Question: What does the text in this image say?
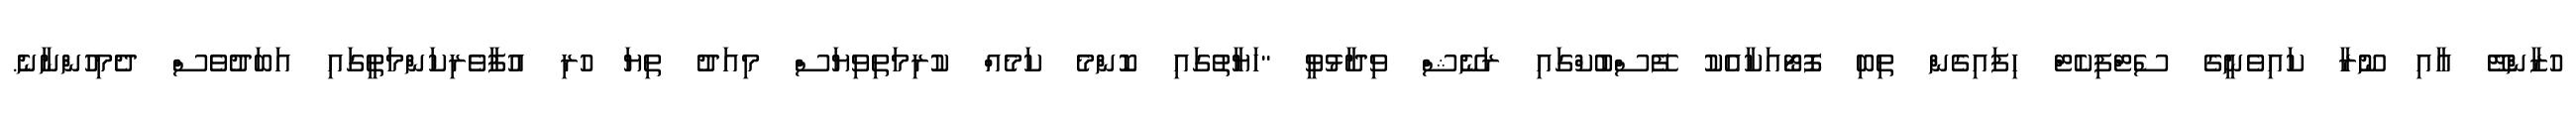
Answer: ހުޒާންޓޭ އާއި ނޫރާ ކައިވެނީގެ ސެޓްފިކެޓް ހިފައިގެން ތިބި ފޮޓޯއަކާއެކު ފޭސްބުކްގައި ރަނޭޝް ވިދާޅުވީ "ހަޔާތުގައި ކޮންމެ ކަމެއް ކުރިމަތިވިޔަސް މިއަދު ތިޔަ ހުރި އުފާވެރިކަންމަތީގައި އަބަދުވެސް ދެމިހުންނާނެ.